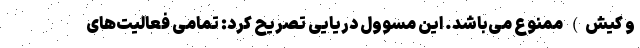
و کیش) ممنوع می‌باشد. این مسوول دریایی تصریح کرد: تمامی فعالیت‌های